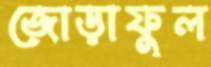
জোড়াফুল